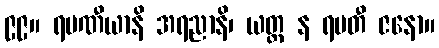
၉၉။ ရမဏီယာနိ အရညာနိ၊ ယတ္ထ န ရမတီ ဇနော။